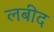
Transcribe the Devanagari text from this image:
लबीद